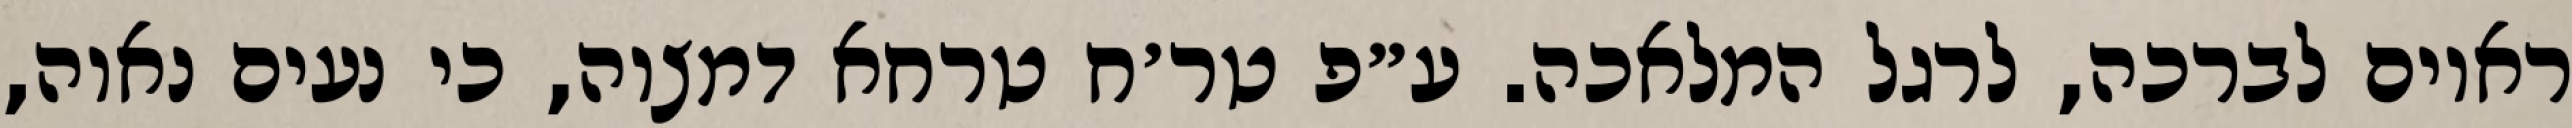
ראוים לברכה, לרגל המלאכה. ע״פ טר׳ח טרחא דמצוה, כי נעים נאוה,